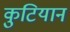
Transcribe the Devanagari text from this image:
कुटियान